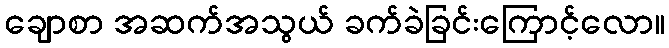
ချောစာ အဆက်အသွယ် ခက်ခဲခြင်းကြောင့်လော။